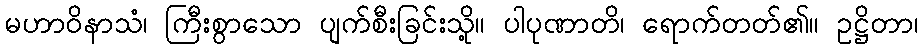
မဟာဝိနာသံ၊ ကြီးစွာသော ပျက်စီးခြင်းသို့။ ပါပုဏာတိ၊ ရောက်တတ်၏။ ဥဋ္ဌိတာ၊